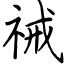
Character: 祴